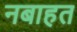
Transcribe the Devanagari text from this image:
नबाहत